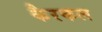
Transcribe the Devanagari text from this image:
कैरकल